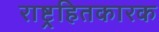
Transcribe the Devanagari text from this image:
राष्ट्रहितकारक